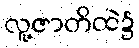
လူ့ဇာတိထဲ၌